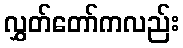
လွှတ်တော်ကလည်း